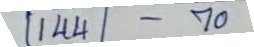
144 - 70